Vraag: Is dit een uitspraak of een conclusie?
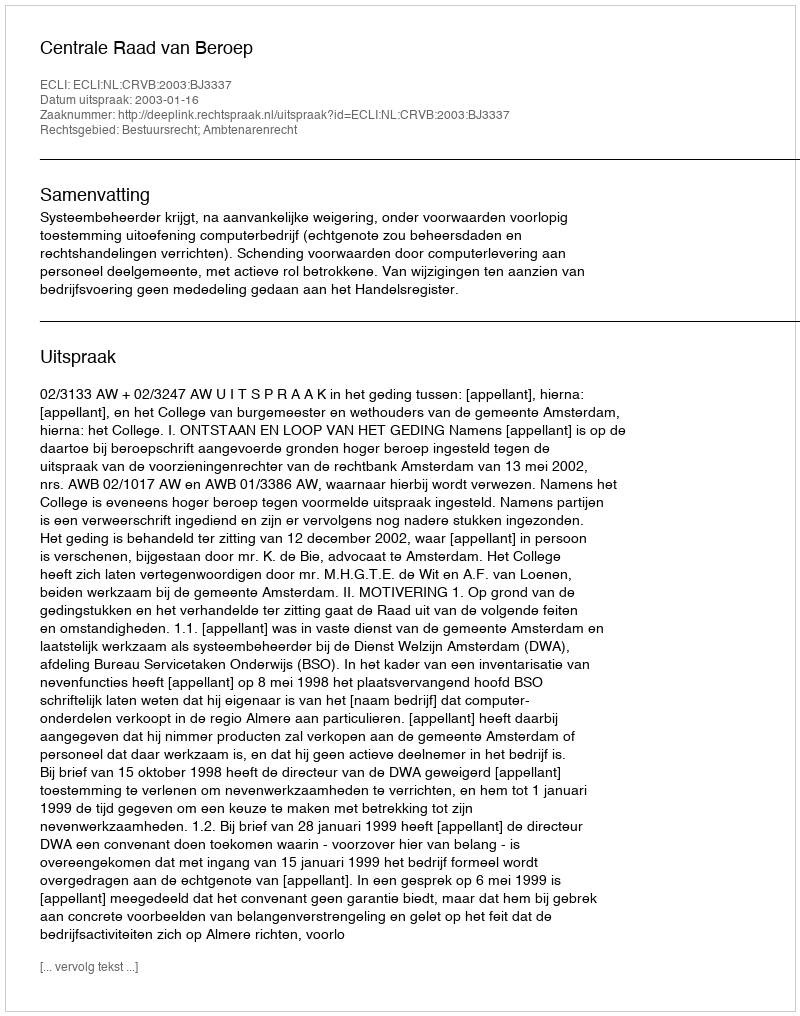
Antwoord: Uitspraak